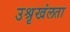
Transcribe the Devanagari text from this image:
उश्रृखंलता